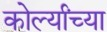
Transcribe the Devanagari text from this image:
कोर्ल्यांच्या